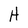
Character: H